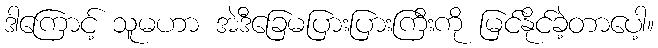
ဒါကြောင့် သူမဟာ အဲဒီခြေမပြားပြားကြီးကို မြင်နိုင်ခဲ့တာပေါ့။